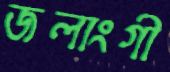
জলাংগী